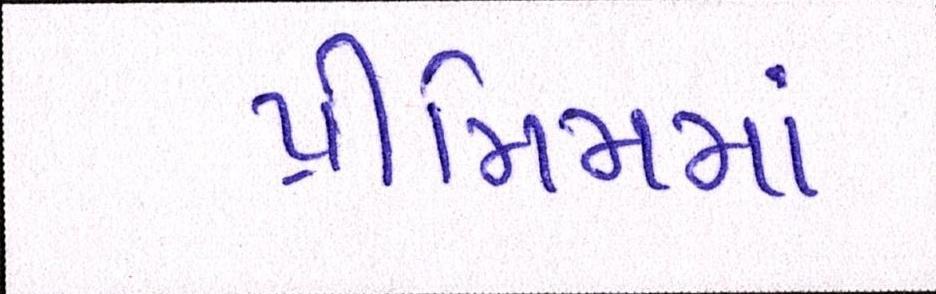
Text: પ્રીમિમમાં